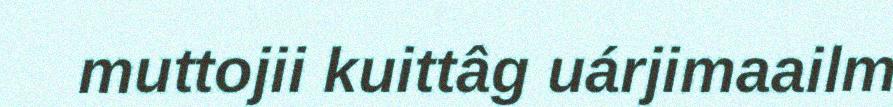
muttojii kuittâg uárjimaailm